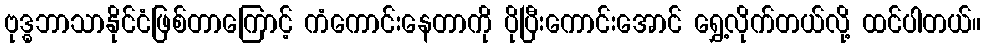
ဗုဒ္ဓဘာသာနိုင်ငံဖြစ်တာကြောင့် ကံကောင်းနေတာကို ပိုပြီးကောင်းအောင် ရွှေ့လိုက်တယ်လို့ ထင်ပါတယ်။